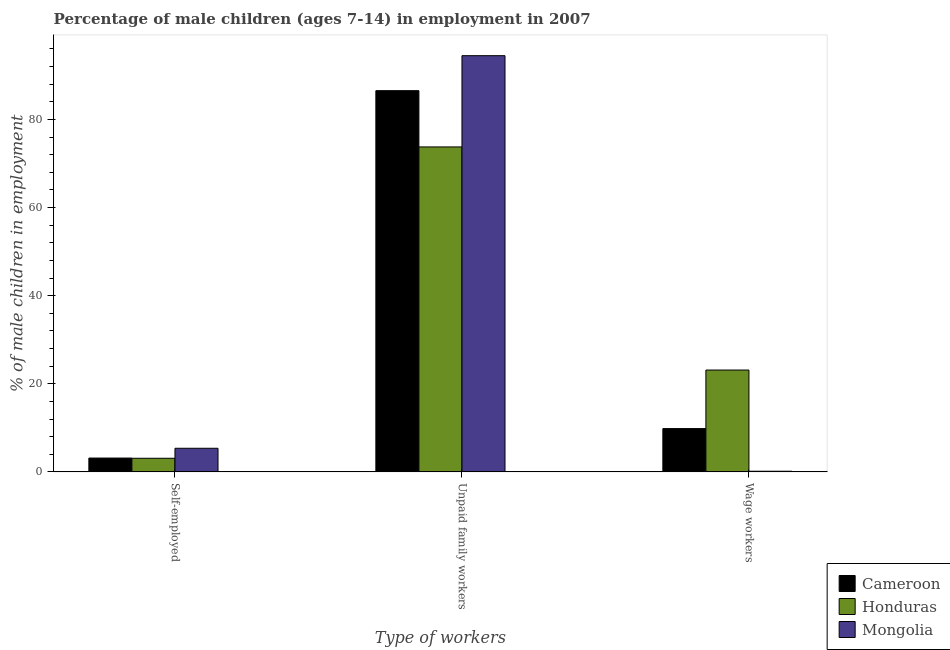
| Type of workers | Cameroon | Honduras | Mongolia |
 | --- | --- | --- | --- |
 | Self-employed | 3.15 | 3.1 | 5.37 |
 | Unpaid family workers | 86.5 | 73.8 | 94.5 |
 | Wage workers | 9.84 | 23.1 | 0.16 |